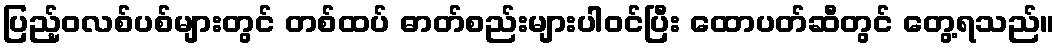
ပြည့်ဝလစ်ပစ်များတွင် တစ်ထပ် ဓာတ်စည်းများပါဝင်ပြီး ထောပတ်ဆီတွင် တွေ့ရသည်။